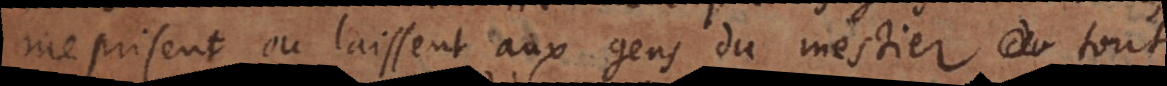
meprisent ou laissent aux gens du mestier tout